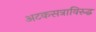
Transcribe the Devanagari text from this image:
अटकसत्राविरुद्ध